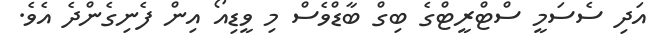
އަދި ސެސަމީ ސްޓްރީޓްގެ ބިގް ބާޑްވެސް މި ވީޑިއޯ އިން ފެނިގެންދެ އެވެ.